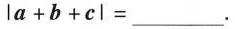
$$l a + b + c l = ___$$.